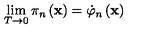
\lim _ { T \rightarrow 0 } \pi _ { n } \left( \mathbf { x } \right) = \dot { \varphi } _ { n } \left( \mathbf { x } \right)